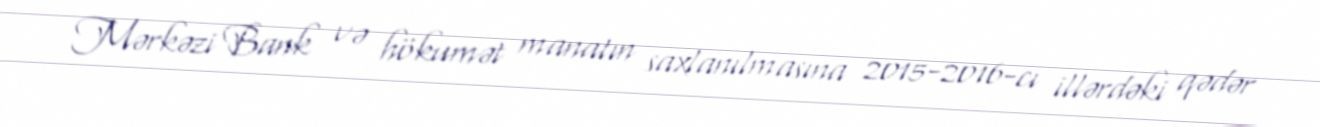
Mərkəzi Bank və hökumət manatın saxlanılmasına 2015-2016-cı illərdəki qədər